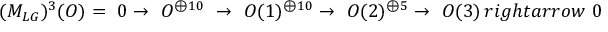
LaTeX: ( M _ { L G } ) ^ { 3 } ( { \cal { O } } ) = \ 0 \rightarrow \ { \cal { O } } ^ { \oplus 1 0 } \ \rightarrow \ { \cal { O } } ( 1 ) ^ { \oplus 1 0 } \rightarrow \ { \cal { O } } ( 2 ) ^ { \oplus 5 } \rightarrow \ { \cal { O } } ( 3 ) \, r i g h t a r r o w \ 0